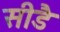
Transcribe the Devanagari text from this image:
सीडै